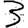
Digit: 3